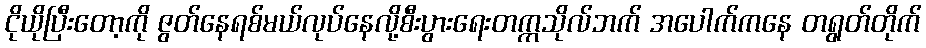
ငိုယိုပြီးတော့ကို ဇွတ်နေရစ်မယ်လုပ်နေလို့စီးပွားရေးတက္ကသိုလ်ဘက် အပေါက်ကနေ တရွတ်တိုက်